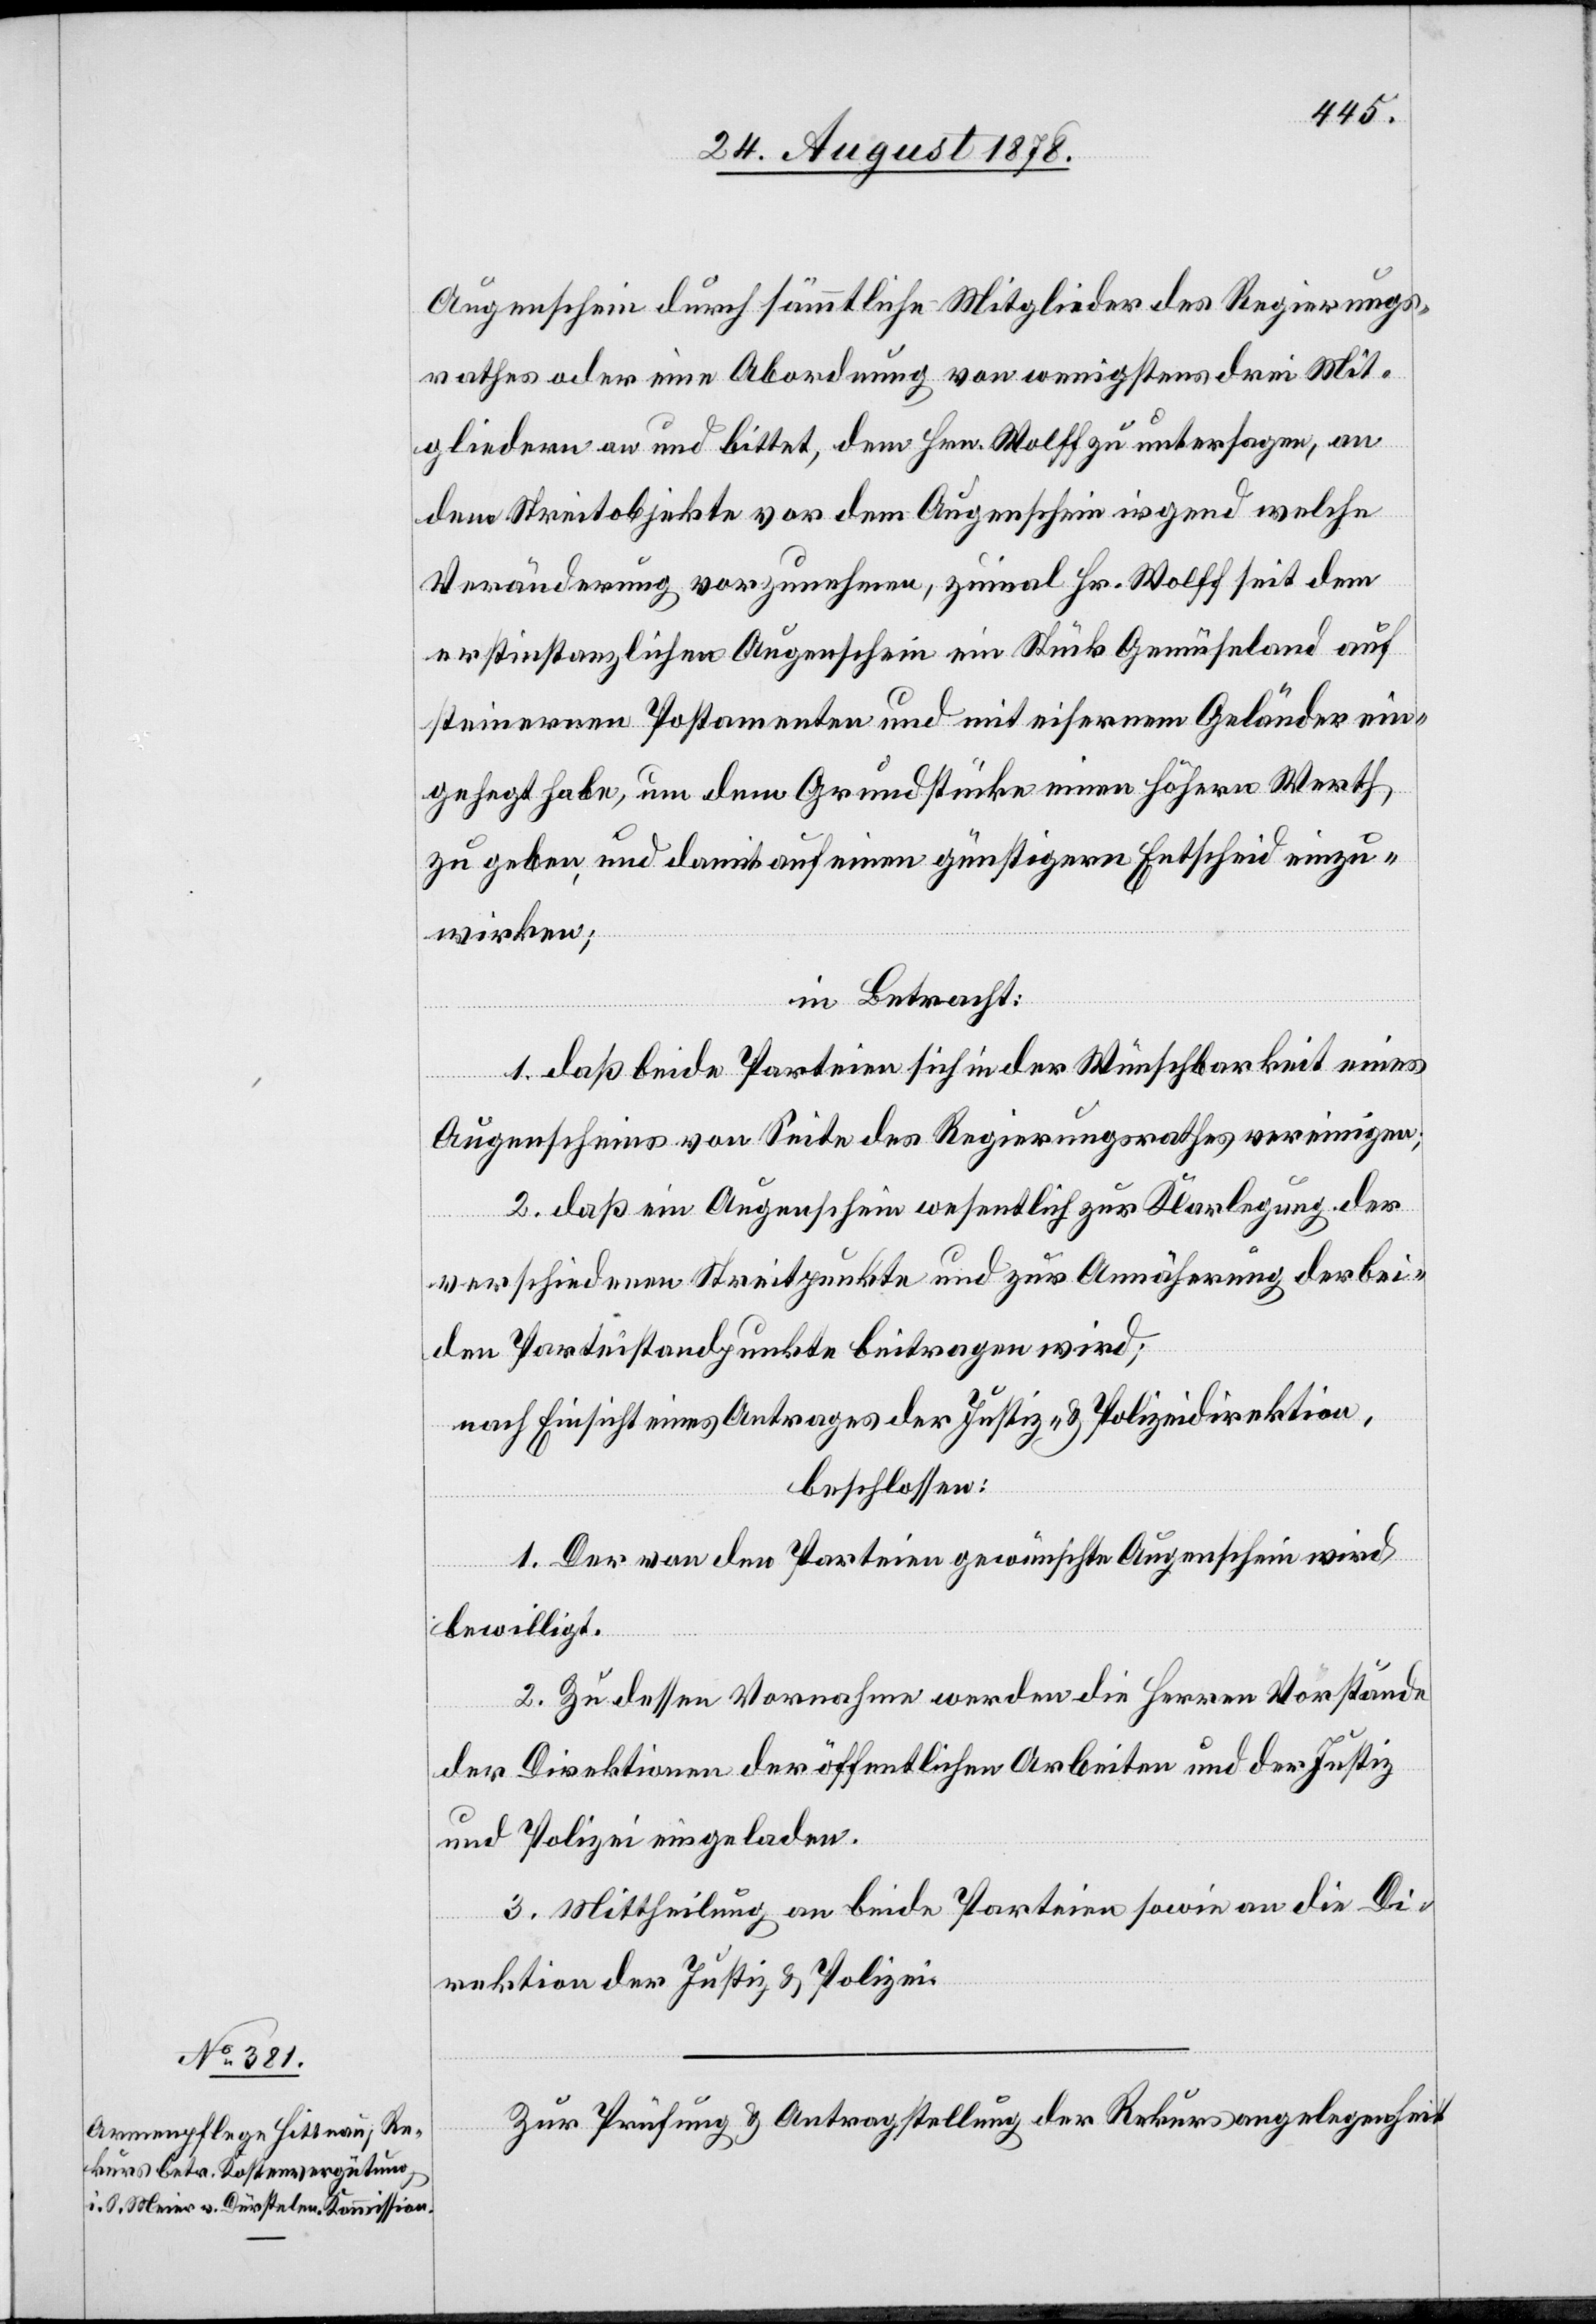
Augenschein durch sämmtliche Mitglieder des Regierungs¬
rathes oder eine Abordnung von wenigstens drei Mit¬
gliedern an und bittet, dem Hrn. Wolff zu untersagen, an
dem Streitobjekte vor dem Augenschein irgend welche
Veränderung vorzunehmen, zumal Hr. Wolff seit dem
erstinstanzlichen Augenschein ein Stück Gemüseland auf
steinernen Postamenten und mit eisernem Geländer ein¬
gehegt habe, um dem Grundstücke einen höhern Werth
zu geben, und damit auf einen günstigern Entscheid einzu¬
wirken;
in Betracht:
1. daß beide Parteien sich in der Wünschbarkeit eines
Augenscheins von Seite des Regierungsrathes vereinigen,
2. daß ein Augenschein wesentlich zur Klarlegung der
verschiedenen Streitpunkte und zur Annäherung der bei¬
den Parteistandpunkte beitragen wird;
nach Einsicht eines Antrages der Justiz- & Polizeidirektion,
beschlossen:
1. Der von den Parteien gewünschte Augenschein wird
bewilligt.
2. Zu dessen Vornahme werden die Herren Vorstände
der Direktion der öffentlichen Arbeiten und der Justiz
und Polizei eingeladen.
3. Mittheilung an beide Parteien sowie an die Di¬
rektion der Justiz & Polizei.
Zur Prüfung & Antragstellung der Rekursangelegenheit